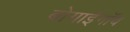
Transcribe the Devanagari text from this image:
बोगाईगाँव